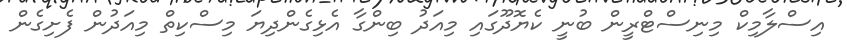
އިސްލާމިކް މިނިސްޓްރީން ބުނީ ކެޔޮދޫގައި މިއަދު ބިންގާ އެޅިގެންދިޔަ މިސްކިތް މިއަދުން ފެށިގެން